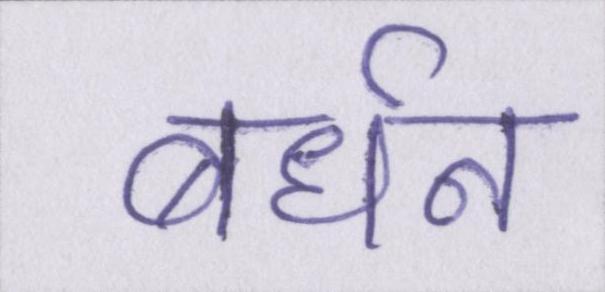
बर्धन